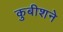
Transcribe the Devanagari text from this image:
कुबीशने